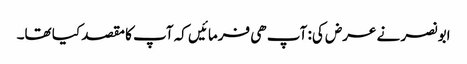
ابو نصر نے عرض کی: آپ ھی فرمائیں کہ آپ کا مقصد کیا تھا۔